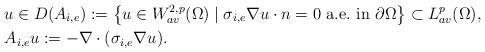
LaTeX: \begin{align*}&u\in D(A_{i,e}):=\left\{u\in W^{2,p}_{av}(\Omega)\mid\sigma_{i,e}\nabla u\cdot n=0 {\rm~a.e.~in~}\partial\Omega\right\}\subset L^p_{av}(\Omega), \\&A_{i,e}u:=-\nabla\cdot(\sigma_{i,e}\nabla u). \end{align*}